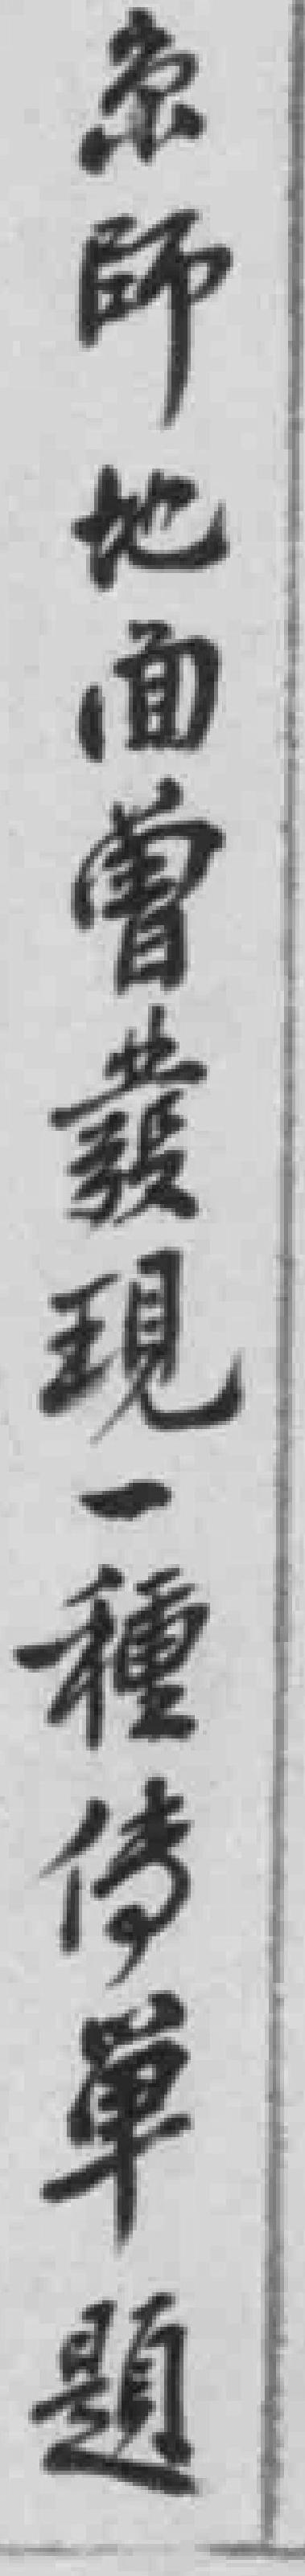
京師地面曾蕟現一種传单題